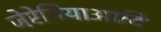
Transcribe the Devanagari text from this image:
जेरेनियाआदि